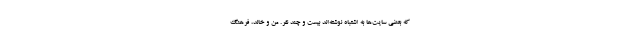
که بعضی سایت‌ها به اشتباه نوشته‌اند بیست و چند نفر. من و خالد، فرهنگ